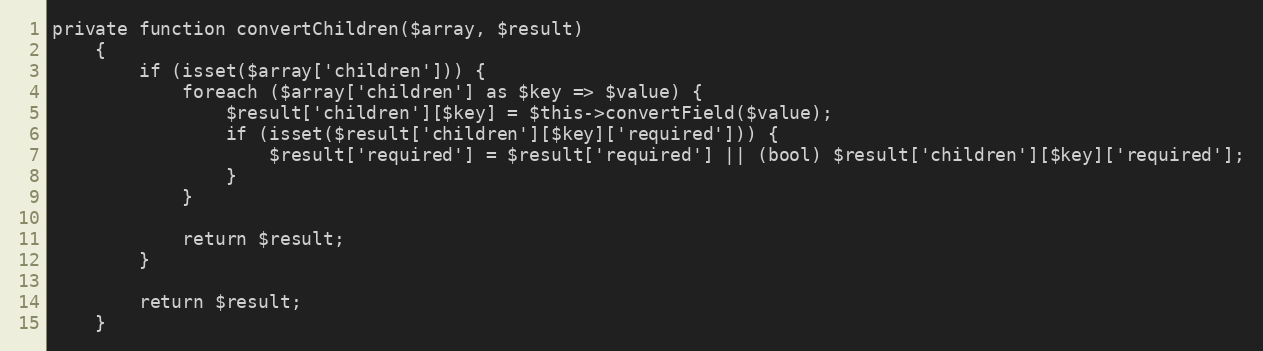
Language: PHP
private function convertChildren($array, $result)
    {
        if (isset($array['children'])) {
            foreach ($array['children'] as $key => $value) {
                $result['children'][$key] = $this->convertField($value);
                if (isset($result['children'][$key]['required'])) {
                    $result['required'] = $result['required'] || (bool) $result['children'][$key]['required'];
                }
            }

            return $result;
        }

        return $result;
    }